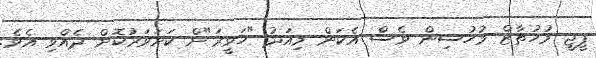
ޕީޖީ މުހުތާޒް މުހުސިން ވެސް އެކަން މިއަދު "ހަވީރަ"ށް ކަށަވަރުކޮށް ދެއްވި އެވެ.